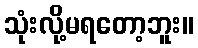
သုံးလို့မရတော့ဘူး။